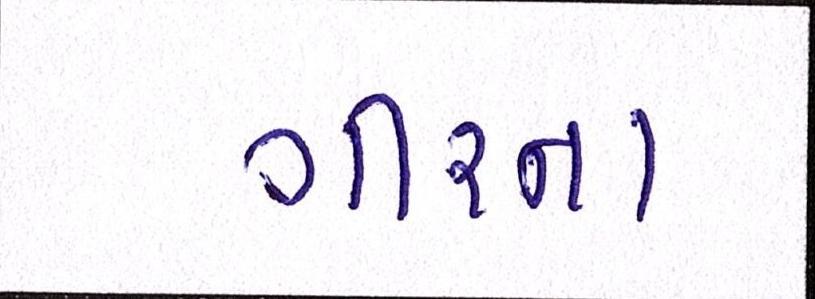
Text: ગીરના